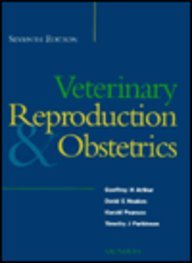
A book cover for Veterinary Reproduction & Obstetrics; Arthur; Medical Books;